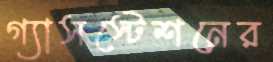
গ্যাসস্টেশনের